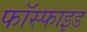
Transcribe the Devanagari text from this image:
फॉस्फाइड